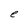
Character: e